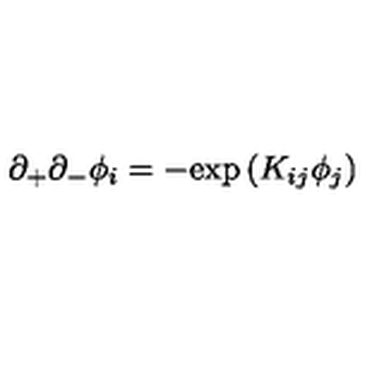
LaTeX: \partial _ { + } \partial _ { - } \phi _ { i } = - { \exp { ( K _ { i j } \phi _ { j } ) } }